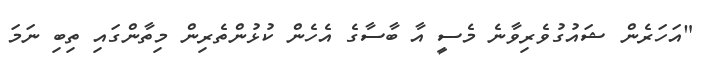
"އަހަރެން ޝައުގުވެރިވާނެ މެސީ އާ ބާސާގެ އެހެން ކުޅުންތެރިން މިތާންގައި ތިބި ނަމަ